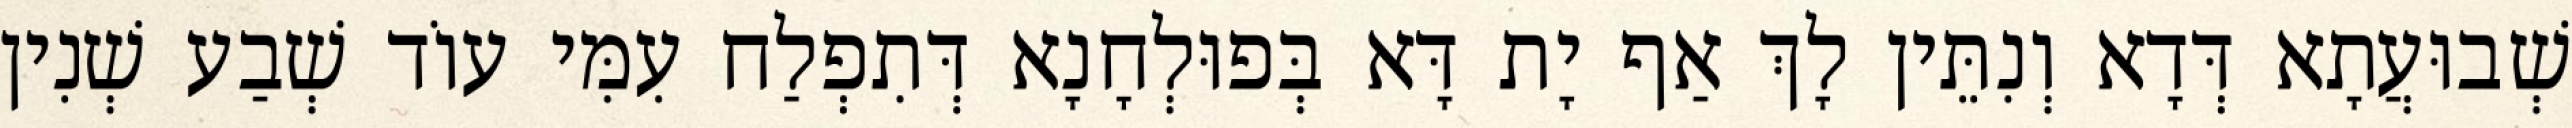
שְׁבוּעֲתָא דְּדָא וְנִתֵּין לָךְ אַף יָת דָּא בְּפוּלְחָנָא דְּתִפְלַח עִמִּי עוֹד שְׁבַע שְׁנִין